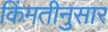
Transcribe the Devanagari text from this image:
किंमतीनुसार